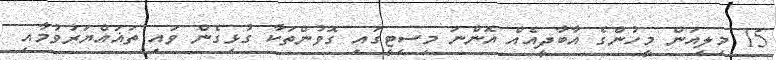
15 މިލިއަން މީހުންގެ އާބާދީއެއް އޮންނަ މިސިޓީގައި ގޮވުންތަކާ ގުޅިގެން ވައި ތަޣައްޔަރުވުމާއި